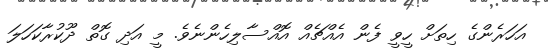
އަހަރެންގެ ހިތަށް ހީވީ ފެން އެއްޗެއް އޮއްސާލިހެންނެވެ. މީ އަދި ގޮތް ދޫކުރާކަހަލަ